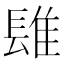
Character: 𨲈